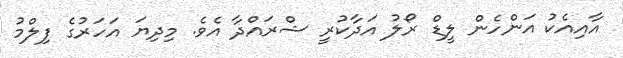
އާއިއެކު އަންހެން ލީޑް ރޯލު އަދާކުރީ ޝްރައްދާ އެވެ. މިދިޔަ އަހަރުގެ ފިލްމު